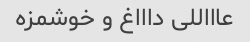
عاااللی داااغ و خوشمزه